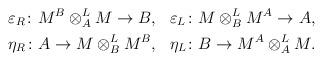
LaTeX: \begin{align*} \begin{aligned}&\varepsilon_R\colon M^B \otimes_A^L M \to B,& &\varepsilon_L \colon M\otimes_B^L M^A \to A,& \\&\eta_R\colon A \to M \otimes_B^LM^B,& &\eta_L \colon B \to M^A\otimes_A^L M.&\end{aligned}\end{align*}